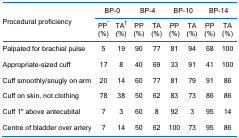
| <ROWSPAN=2> Procedural proficiency | <COLSPAN=2> BP-0 | <COLSPAN=2> BP-4 | <COLSPAN=2> BP-10 | <COLSPAN=2> BP-14 |
 | PP*(%) | TA†(%) | PP(%) | TA(%) | PP(%) | TA(%) | PP(%) | TA(%) |
 | --- | --- | --- | --- | --- | --- | --- | --- | --- |
 | Palpated for brachial pulse | 5 | 19 | 90 | 77 | 81 | 94 | 68 | 100 |
 | Appropriate-sized cuff | 17 | 8 | 40 | 69 | 33 | 91 | 41 | 100 |
 | Cuff smoothly/snugly on arm | 20 | 14 | 60 | 77 | 81 | 79 | 91 | 86 |
 | Cuff on skin, not clothing | 78 | 38 | 50 | 62 | 83 | 73 | 86 | 86 |
 | Cuff 1" above antecubital | 7 | 3 | 60 | 8 | 92 | 3 | 95 | 14 |
 | Centre of bladder over artery | 7 | 14 | 50 | 62 | 100 | 73 | 95 | 86 |